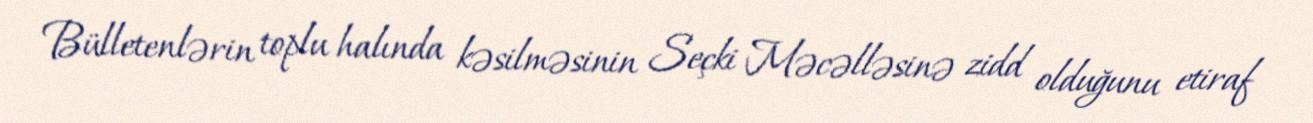
Bülletenlərin toplu halında kəsilməsinin Seçki Məcəlləsinə zidd olduğunu etiraf